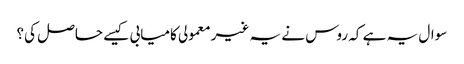
سوال یہ ہے کہ روس نے یہ غیر معمولی کامیابی کیسے حاصل کی؟